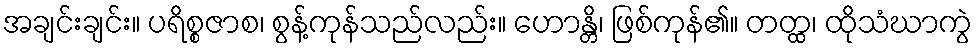
အချင်းချင်း။ ပရိစ္စဇာစ၊ စွန့်ကုန်သည်လည်း။ ဟောန္တိ၊ ဖြစ်ကုန်၏။ တတ္ထ၊ ထိုသံဃာကွဲ